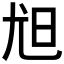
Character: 𡯟